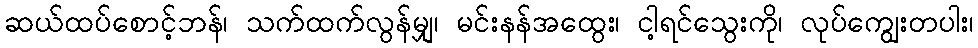
ဆယ်ထပ်စောင့်ဘန်၊ သက်ထက်လွန်မျှ၊ မင်းနန်အထွေး၊ ငါ့ရင်သွေးကို၊ လုပ်ကျွေးတပါး၊